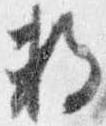
数